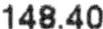
148.40